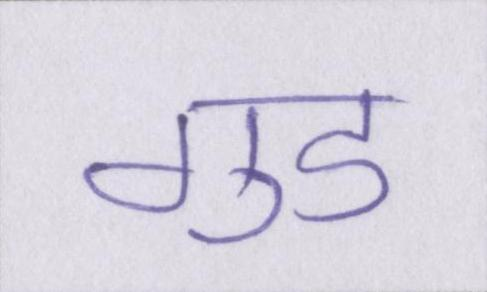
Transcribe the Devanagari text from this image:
गुड